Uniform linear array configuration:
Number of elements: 16
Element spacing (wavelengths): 0.25
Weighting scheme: hamming
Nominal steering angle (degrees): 0
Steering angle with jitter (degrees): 1.819
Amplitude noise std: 0.05
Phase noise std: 0.05

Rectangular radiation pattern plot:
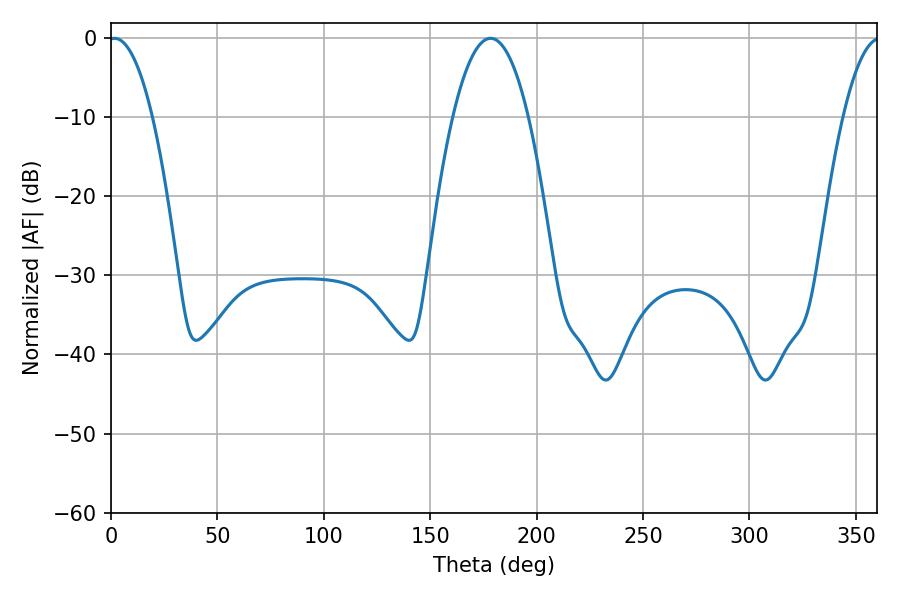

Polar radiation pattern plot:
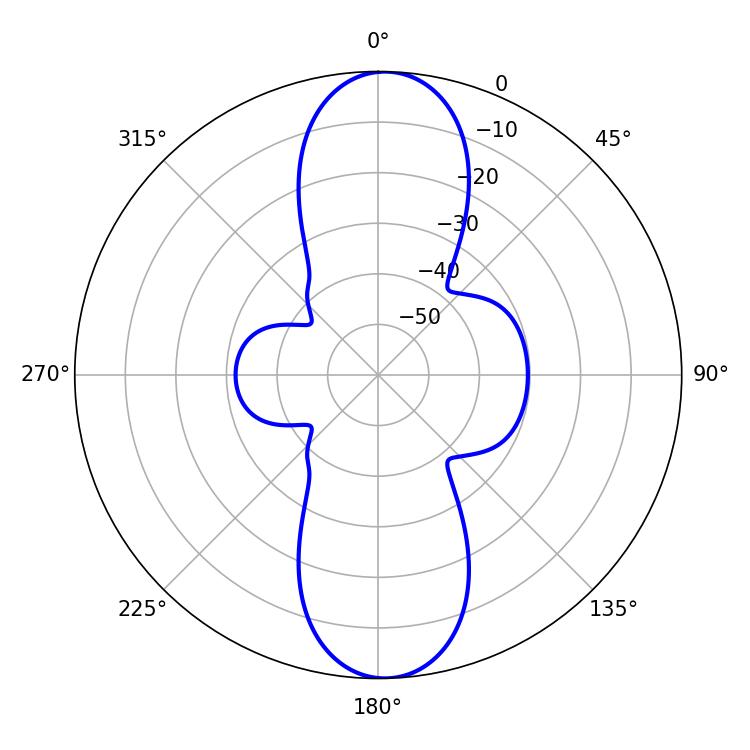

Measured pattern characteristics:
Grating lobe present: FALSE
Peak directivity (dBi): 19.699
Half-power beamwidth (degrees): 11.52
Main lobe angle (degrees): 1.62